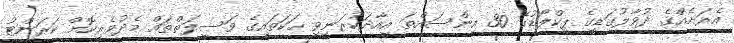
އެރަށެއްގެ ދުވާލުގަޑީގެ ޕީކްލޯޑުގެ 30 އިންސައްތަ އިއާދަކުރަނިވި ހަކަތައިގެ ވަސީލަތްތައް މެދުވެރިކޮށް ކަރަންޓު